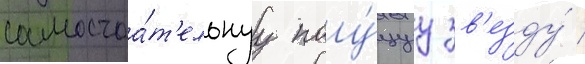
самостоа́т'ельнуу поу́щуу зв'езду́ /